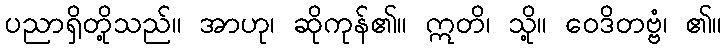
ပညာရှိတို့သည်။ အာဟု၊ ဆိုကုန်၏။ ဣတိ၊ သို့။ ဝေဒိတဗ္ဗံ၊ ၏။